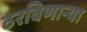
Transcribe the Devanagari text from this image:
ठरविणार्‍या